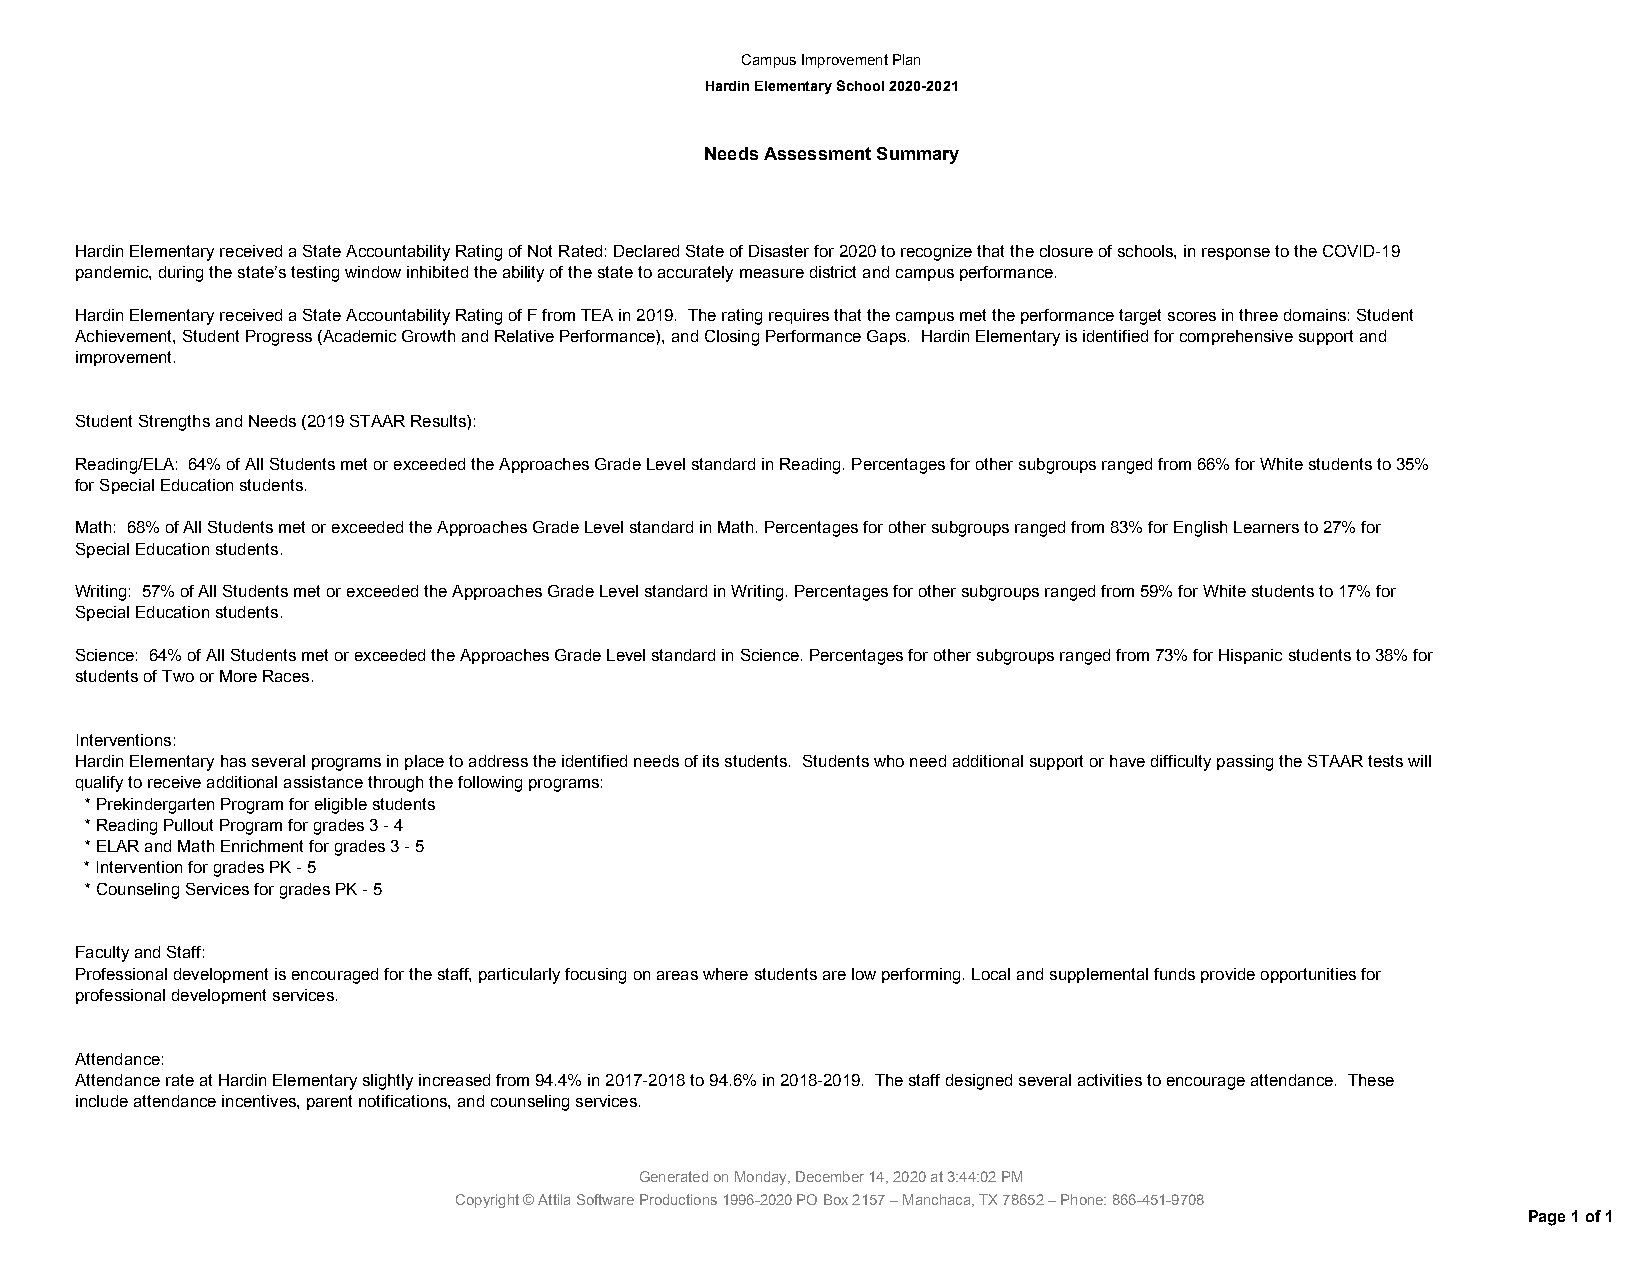
Campus Improvement Plan
 Hardin Elementary School 2020-2021
 Needs Assessment Summary
 Hardin Elementary received a State Accountability Rating of Not Rated: Declared State of Disaster for 2020 to recognize that the closure of schools, in response to the COVID-19
 pandemic, during the state’s testing window inhibited the ability of the state to accurately measure district and campus performance.
 Hardin Elementary received a State Accountability Rating of F from TEA in 2019. The rating requires that the campus met the performance target scores in three domains: Student
 Achievement, Student Progress (Academic Growth and Relative Performance), and Closing Performance Gaps. Hardin Elementary is identified for comprehensive support and
 improvement.
 Student Strengths and Needs (2019 STAAR Results):
 Reading/ELA: 64% of All Students met or exceeded the Approaches Grade Level standard in Reading. Percentages for other subgroups ranged from 66% for White students to 35%
 for Special Education students.
 Math: 68% of All Students met or exceeded the Approaches Grade Level standard in Math. Percentages for other subgroups ranged from 83% for English Learners to 27% for
 Special Education students.
 Writing: 57% of All Students met or exceeded the Approaches Grade Level standard in Writing. Percentages for other subgroups ranged from 59% for White students to 17% for
 Special Education students.
 Science: 64% of All Students met or exceeded the Approaches Grade Level standard in Science. Percentages for other subgroups ranged from 73% for Hispanic students to 38% for
 students of Two or More Races.
 Interventions:
 Hardin Elementary has several programs in place to address the identified needs of its students. Students who need additional support or have difficulty passing the STAAR tests will
 qualify to receive additional assistance through the following programs:
 * Prekindergarten Program for eligible students
 * Reading Pullout Program for grades 3 - 4
 * ELAR and Math Enrichment for grades 3 - 5
 * Intervention for grades PK - 5
 * Counseling Services for grades PK - 5
 Faculty and Staff:
 Professional development is encouraged for the staff, particularly focusing on areas where students are low performing. Local and supplemental funds provide opportunities for
 professional development services.
 Attendance:
 Attendance rate at Hardin Elementary slightly increased from 94.4% in 2017-2018 to 94.6% in 2018-2019. The staff designed several activities to encourage attendance. These
 include attendance incentives, parent notifications, and counseling services.
 Generated on Monday, December 14, 2020 at 3:44:02 PM
 Copyright © Attila Software Productions 1996-2020 PO Box 2157 – Manchaca, TX 78652 – Phone: 866-451-9708
 Page 1 of 1